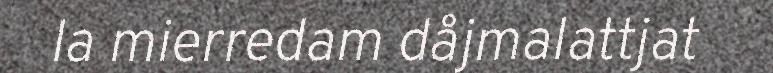
la mierredam dåjmalattjat